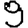
Digit: 9